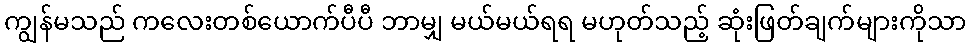
ကျွန်မသည် ကလေးတစ်ယောက်ပီပီ ဘာမျှ မယ်မယ်ရရ မဟုတ်သည့် ဆုံးဖြတ်ချက်များကိုသာ